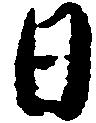
日